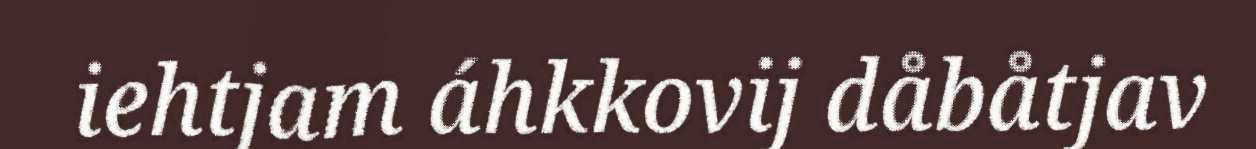
iehtjam áhkkovij dåbåtjav